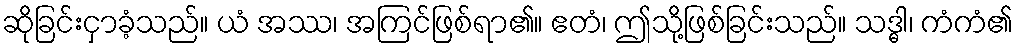
ဆိုခြင်းငှာခံ့သည်။ ယံ အဿ၊ အကြင်ဖြစ်ရာ၏။ ဧတံ၊ ဤသို့ဖြစ်ခြင်းသည်။ သဒ္ဓါ၊ ကံကံ၏